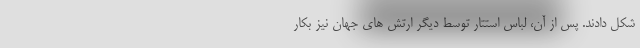
شکل دادند. پس از آن، لباس استتار توسط دیگر ارتش های جهان نیز بکار